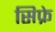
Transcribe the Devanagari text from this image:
सिफ्रे